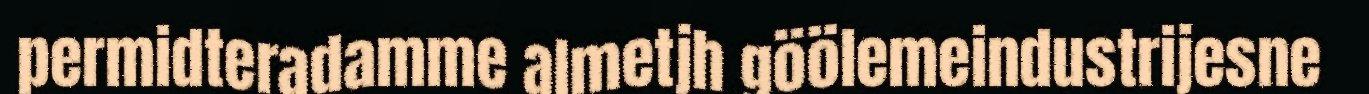
permidteradamme almetjh göölemeindustrijesne